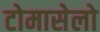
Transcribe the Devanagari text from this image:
टोमासेलो